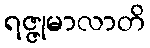
ရဇ္ဇုမာလာတိ